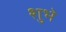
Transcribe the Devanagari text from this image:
शुभे